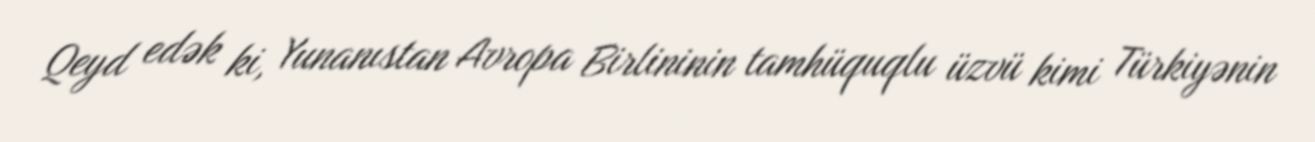
Qeyd edək ki, Yunanıstan Avropa Birlininin tamhüquqlu üzvü kimi Türkiyənin